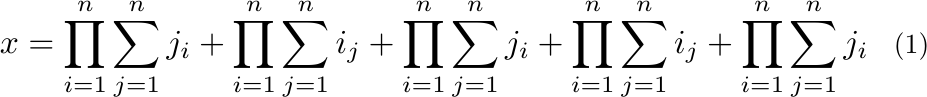
\begin{equation}
\resizebox{.91\linewidth}{!}{$
    \displaystyle
    x = \prod_{i=1}^n \sum_{j=1}^n j_i + \prod_{i=1}^n \sum_{j=1}^n i_j + \prod_{i=1}^n \sum_{j=1}^n j_i + \prod_{i=1}^n \sum_{j=1}^n i_j + \prod_{i=1}^n \sum_{j=1}^n j_i
$}
\end{equation}%